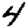
Digit: 4